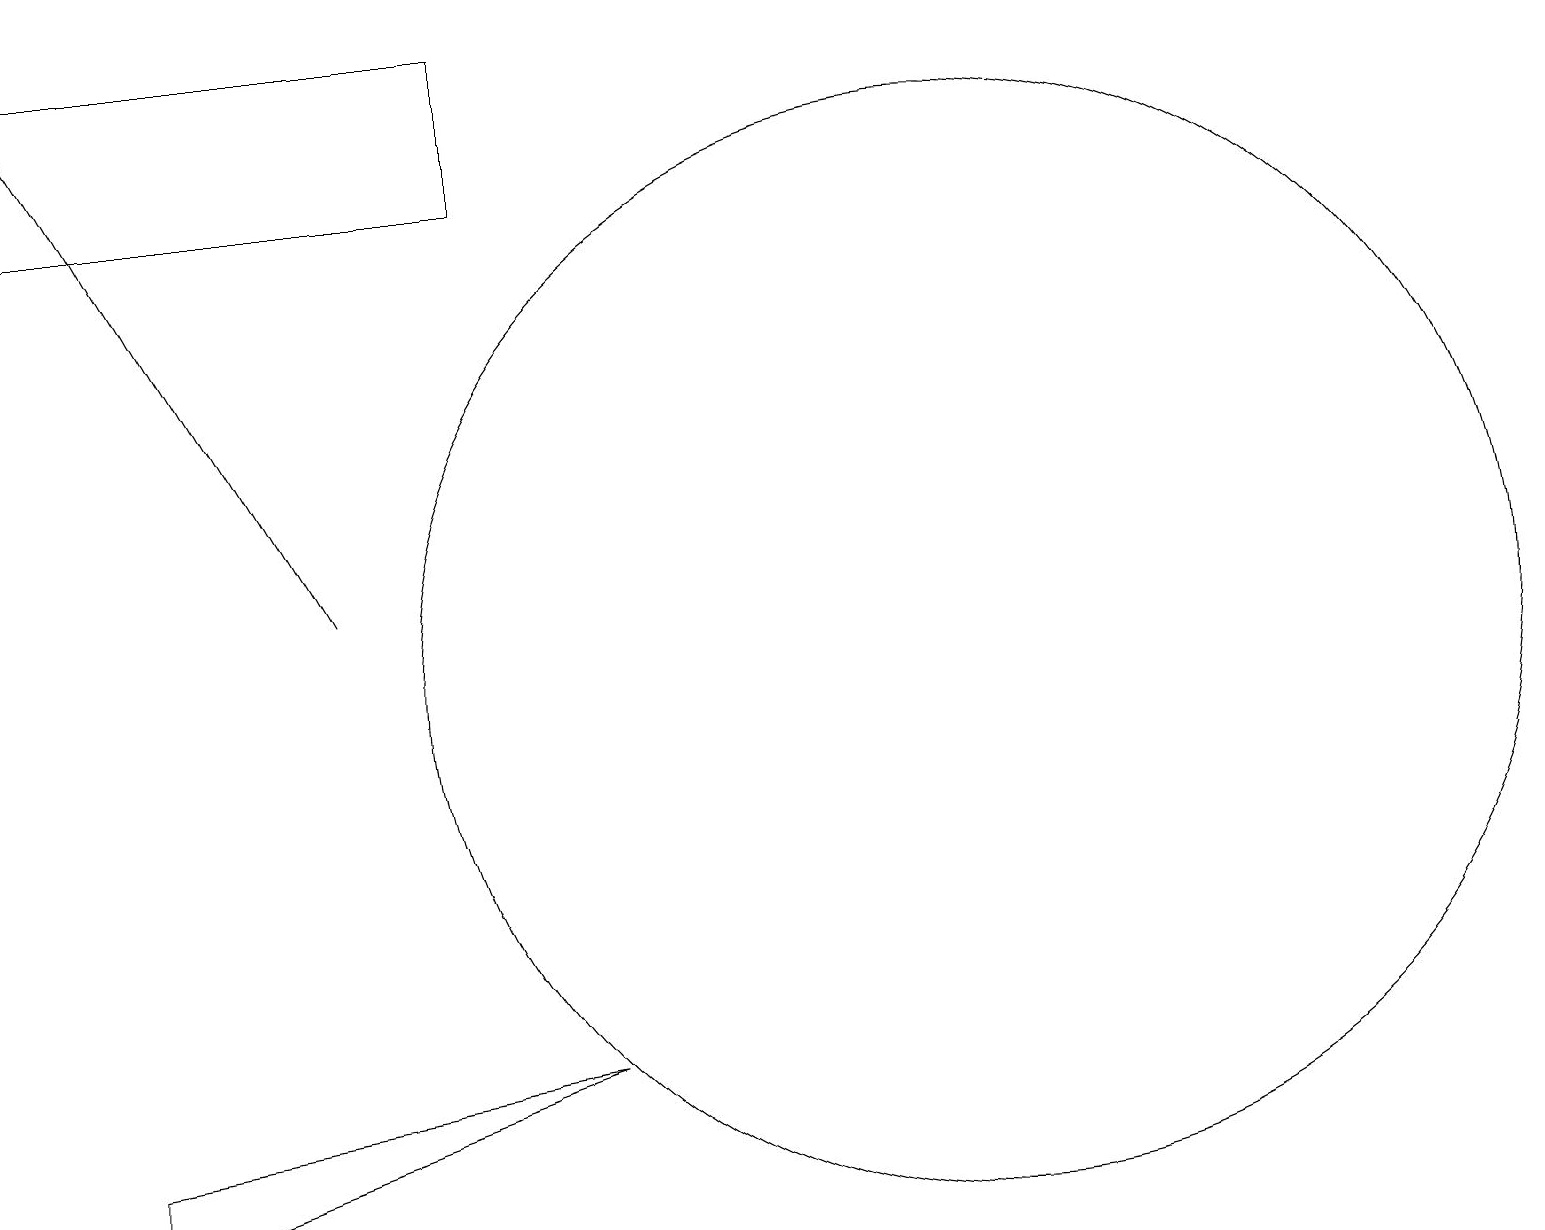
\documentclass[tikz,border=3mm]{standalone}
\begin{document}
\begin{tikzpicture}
\draw[->] (4,11) -- (0,18);
\draw (12,10) circle (7);
\draw (1,3) -- (1,4) -- (7,5) -- cycle;
\draw (6,16) rectangle (0,18);
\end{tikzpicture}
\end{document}